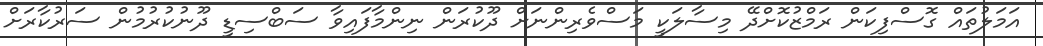
އަމަލުތައް ގޮސްފިކަން ރަމްޒުކޮށްދޭ މިސާލަކީ މަސްވެރިންނަށް ދޫކުރަން ނިންމާފައިވާ ސަބްސިޑީ ދޫނުކުރުމުން ސަރުކާރަށް